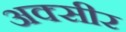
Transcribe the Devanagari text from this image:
अक्सीर